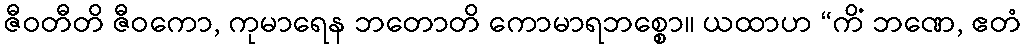
ဇီဝတီတိ ဇီဝကော, ကုမာရေန ဘတောတိ ကောမာရဘစ္စော။ ယထာဟ “ကိံ ဘဏေ, ဧတံ